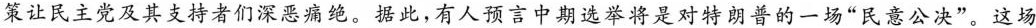
策让民主党及其支持者们深恶痛绝。据此，有人预言中期选举将是对特朗普的一场”民意公决”。这场